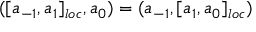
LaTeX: ( [ a _ { - 1 } , a _ { 1 } ] _ { l o c } , a _ { 0 } ) = ( a _ { - 1 } , [ a _ { 1 } , a _ { 0 } ] _ { l o c } )